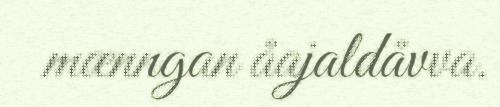
mænngan åajaldåvva.